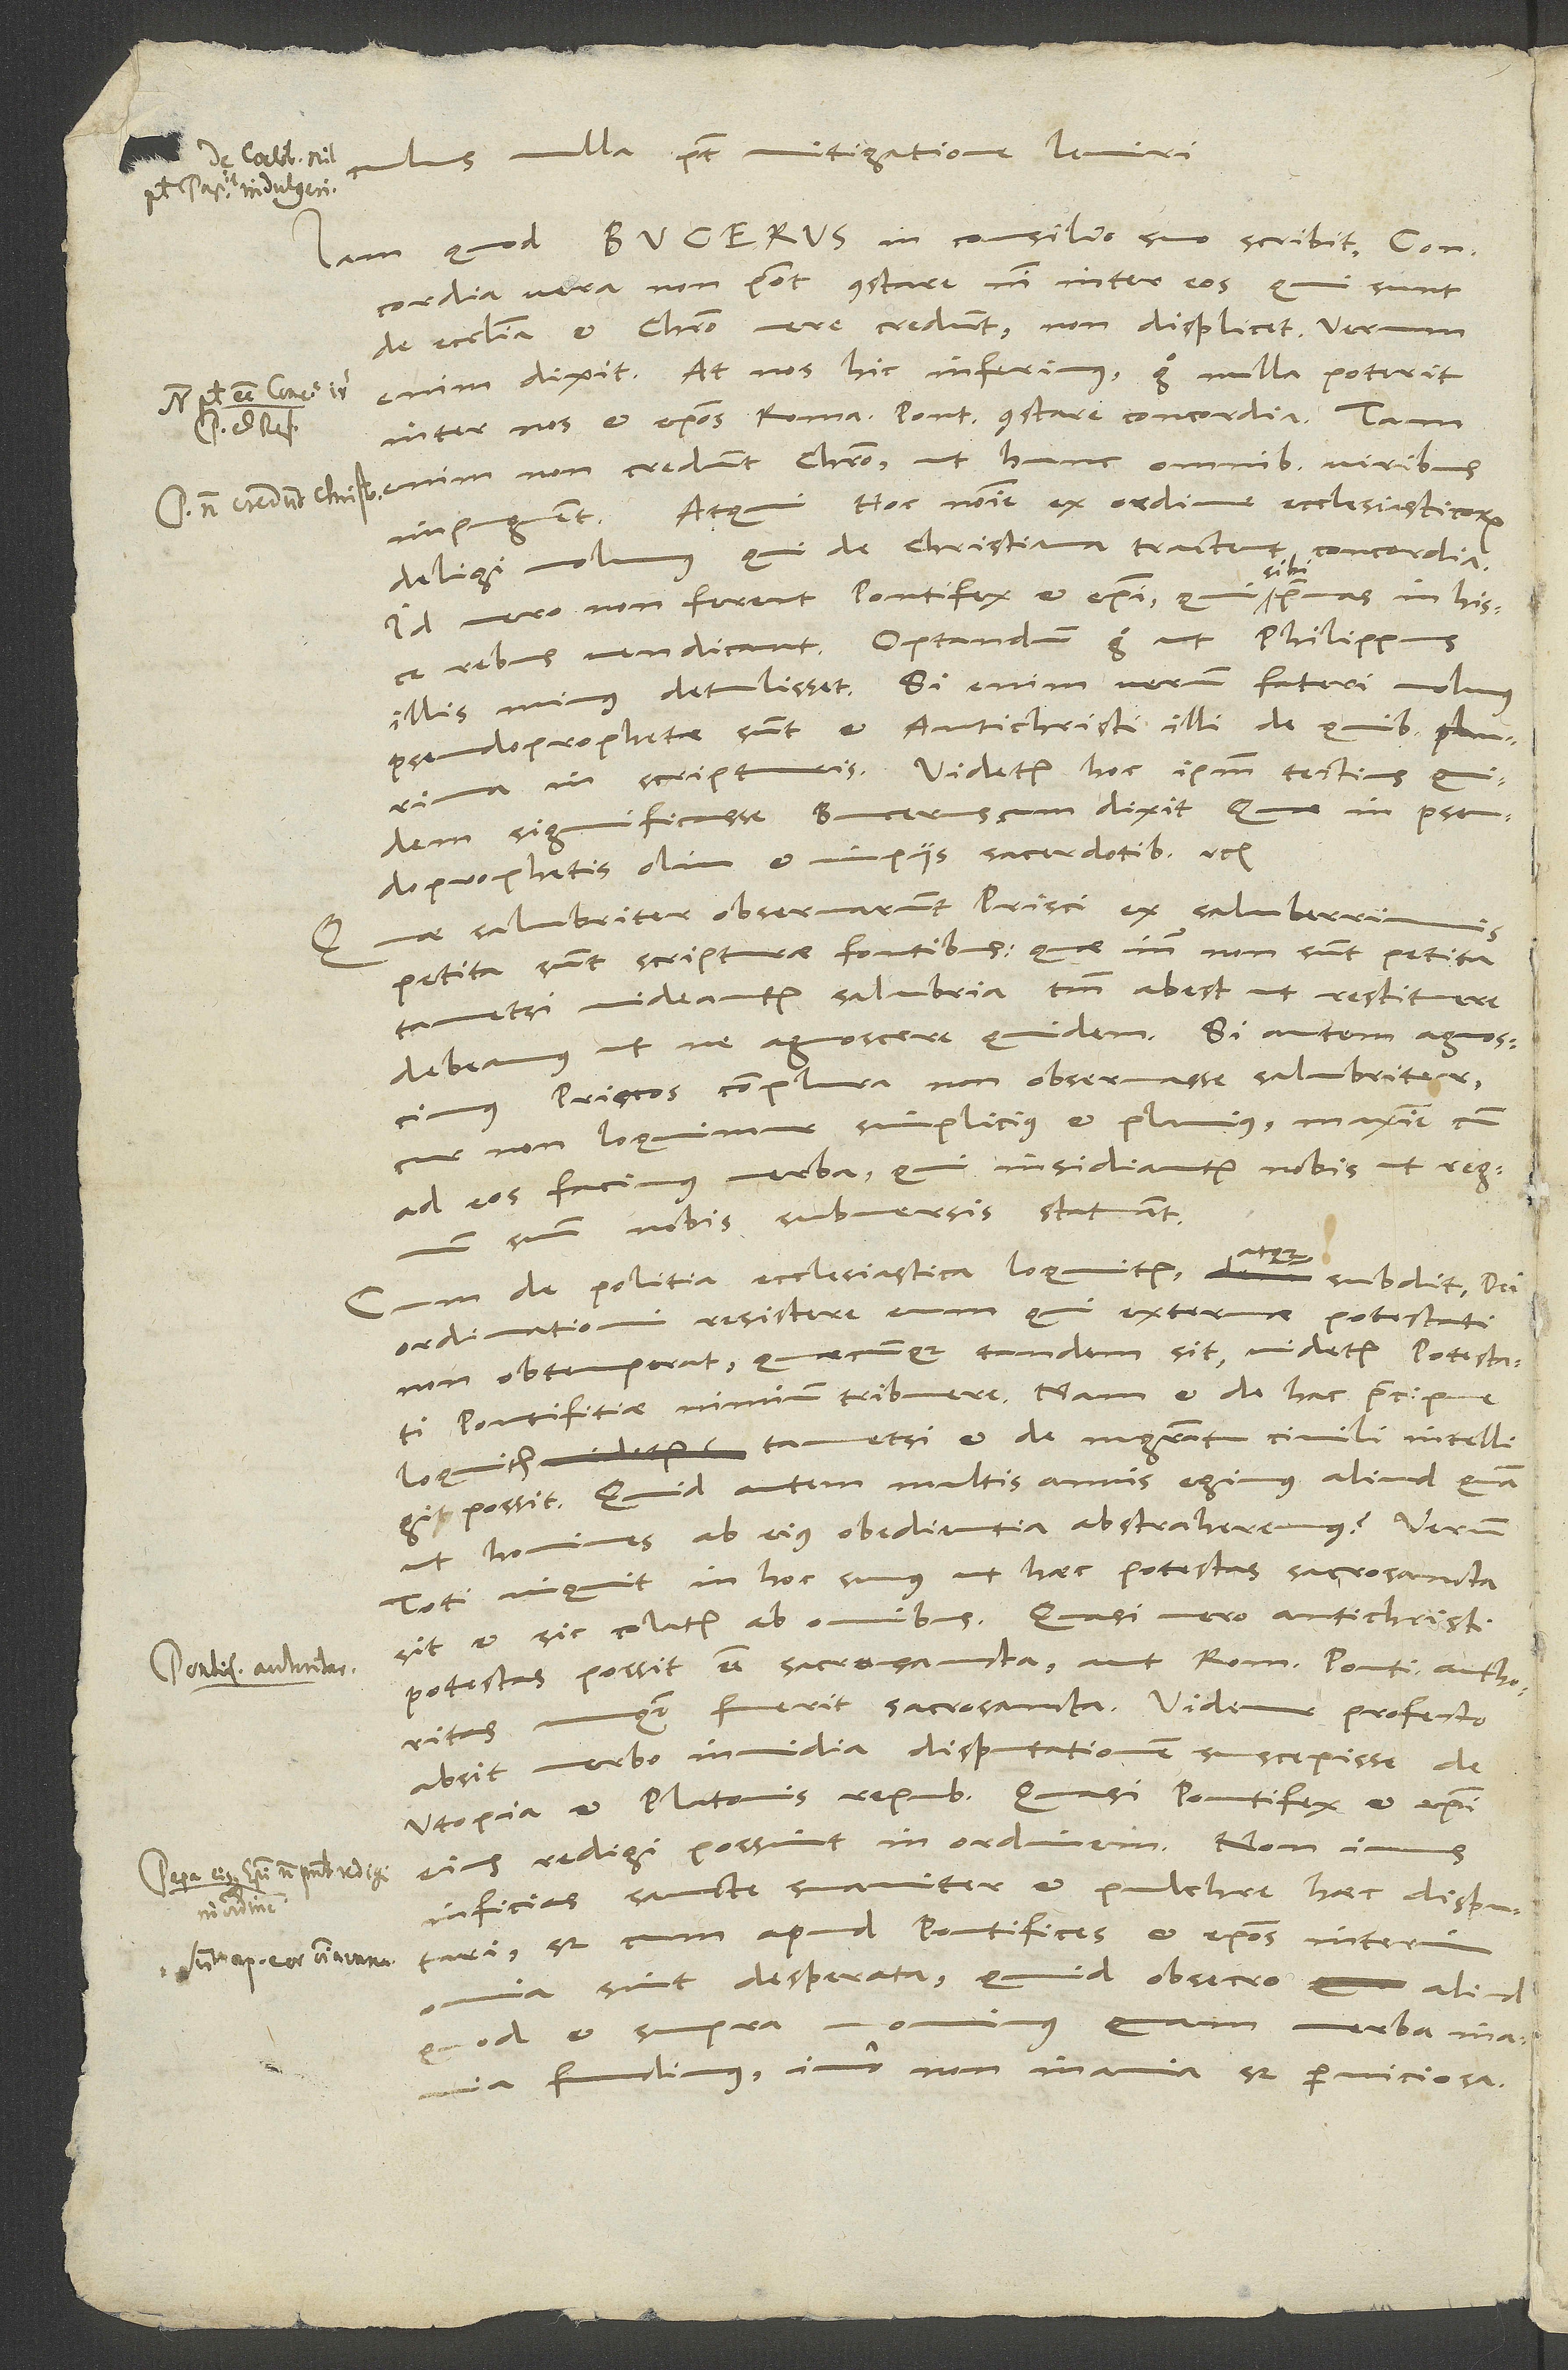
articulus nulla potest mitigatione leniri.
Iam quod Bucerus in consilio suo scribit: "Concordia
vera non potest constare nisi inter eos, qui sunt
de ecclesia et Christo vere credunt", non displicet. Verum
enim dixit. At nos hic inferimus: Ergo nulla poterit
inter nos et episcopos Romani pontificis constare concordia. Tam
enim non credunt Christo, ut hunc omnibus viribus
Atqui: "Hoc nomine ex ordine ecclesiasticorum
impugnent.
deligi volumus, qui de christiana tractent concordia."
Id vero non ferent pontifex et episcopi, qui sibi primas in hisce
rebus vendicant. Optandum ergo, ut Philippus
illis minus detulisset. Si enim verum fateri volumus,
pseudoprophetae sunt et antichristi illi, de quibus plurima
in scripturis. Videtur hoc ipsum tectius quidem
significasse Bucerus, cum dixit: "Quae in pseudoprophetis
olim et impiis sacerdotibus" etc.
"Quae salubriter observarunt prisci", ex saluberrimis
petita sunt scripturae fontibus. Quae inde non sunt petita,
tametsi videantur salubria, tantum abest, ut restituere
debeamus, ut ne agnoscere quidem. Si autem agnoscimus
priscos complura non observasse salubriter,
cur non loquimur simplicius et planius, maxime cum
ad eos facimus verba, qui insidiantur nobis, ut regnum
suum nobis submersis statuant.
atque
Cum de politia ecclesiastica loquitur atque subdit dei
ordinationi resistere eum, qui externae potestati
non obtemperat, quaecunque tandem sit, videtur potestati
pontifitiae nimium tribuere. Nam et de hac praecipue
loquitur, tametsi et de magistratu civili intelligi
possit. Quid autem multis annis egimus aliud, quam
ut homines ab eius obedientia abstraheremus? Verum:
"Toti", inquit, "in hoc sumus, ut haec potestas sacrosancta
et sic colatur ab omnibus." Quasi vero antichristi
potestas possit esse sacrosancta aut Romani pontificis authoritas
unquam fuerit sacrosancta. Videmur profecto,
absit verbo invidia, disputationem suscepisse de
utopia et Platonis republica, quasi pontifex et episcopi
eius redigi possint in ordinem. Non imus
inficias sancte, suaviter et pulchre haec disputari,
sed cum apud pontifices et episcopos interim
sint desperata, quid, obsecro, aliud,
quod et supra monuimus, quam verba mania
fundimus, imo non mania, sed perniciosa.